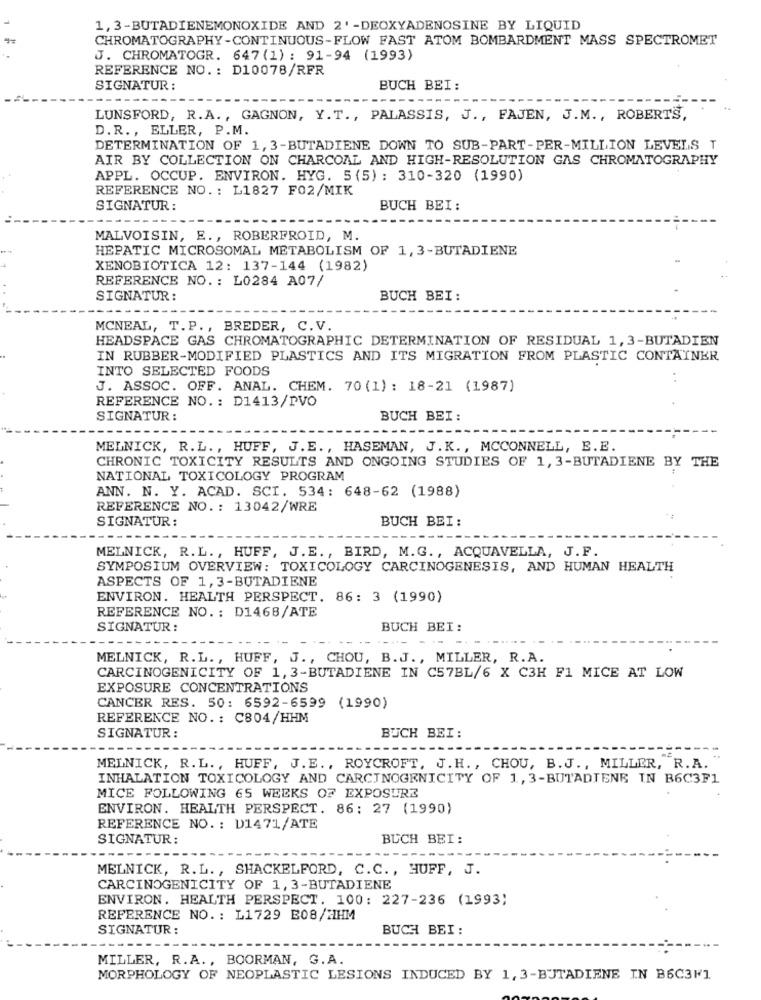
1, 3-BUTADIENEMONOXIDE AND 2'-DEOXYADENOSINE BY LIQUID
CHROMATOGRAPHY-CONTINUOUS-FLOW FAST ATOM BOMBARDMENT MASS SPECTROMET
J. CHROMATOGR. 647 (1) : 91-94 (1993)
REFERENCE NO .: D10078/RFR
SIGNATUR :
BUCH BEI:
LUNSFORD, R.A ., GAGNON, Y.T ., PALASSIS, J ., FAJEN, J.M ., ROBERTS,
D.R ., ELLER, P.M.
DETERMINATION OF 1, 3-BUTADIENE DOWN TO SUB-PART-PER-MILLION LEVELS T
AIR BY COLLECTION ON CHARCOAL AND HIGH-RESOLUTION GAS CHROMATOGRAPHY
APPL. OCCUP. ENVIRON. HYG. 5 (5) : 310-320 (1990)
REFERENCE NO .: L1827 F02/MIK
SIGNATUR:
BUCH BEI :
MALVOISIN, E ., ROBERFROID, M.
HEPATIC MICROSOMAL METABOLISM OF 1, 3-BUTADIENE
XENOBIOTICA 12: 137-144 (1982)
REFERENCE NO. : L0284 A07/
SIGNATUR:
BUCH BEI:
MCNEAL, T.P ., BREDER, C. V.
HEADSPACE GAS CHROMATOGRAPHIC DETERMINATION OF RESIDUAL 1,3-BUTADIEN
IN RUBBER-MODIFIED PLASTICS AND ITS MIGRATION FROM PLASTIC CONTAINER
INTO SELECTED FOODS
J. ASSOC. OFF. ANAL. CHEM. 70 (1) : 18-21 (1987)
REFERENCE NO .: D1413/DVO
SIGNATUR :
BUCH BEI :
MELNICK, R.L ., HUFF, J. E. , HASEMAN, J. K. , MCCONNELL, E. E.
CHRONIC TOXICITY RESULTS AND ONGOING STUDIES OF 1, 3-BUTADIENE BY THE
NATIONAL TOXICOLOGY PROGRAM
ANN. N. Y. ACAD. SCI. 534: 648-62 (1988)
REFERENCE NO .: 13042/WRE
SIGNATUR :
BUCH BEI :
MELNICK, R.L ., HUFF, J.E ., BIRD, M.G ., ACQUAVELLA, J.F.
SYMPOSIUM OVERVIEW: TOXICOLOGY CARCINOGENESIS, AND HUMAN HEALTH
ASPECTS OF 1,3-BUTADIENE
ENVIRON. HEALTH PERSPECT. 86: 3 (1990)
REFERENCE NO .: D1468/ATE
SIGNATUR :
BUCH BEI:
MELNICK, R.L ., HUFF, J ., CHOU, B. J ., MILLER, R.A.
CARCINOGENICITY OF 1, 3-BUTADIENE IN C57BL/6 X C3H F1 MICE AT LOW
EXPOSURE CONCENTRATIONS
CANCER RES. 50: 6592-6599 (1990)
REFERENCE NO .: C804/HHM
SIGNATUR :
BUCH BEI :
MELNICK, R.L ., HUFF, J. E ., ROYCROFT, J. H. , CHOU, B. J ., MILLER, R.A. "
INHALATION TOXICOLOGY AND CARCINOGENICITY OF 1, 3-BUTADIENE IN B6C3F1
MICE FOLLOWING 65 WEEKS OF EXPOSURE
ENVIRON. HEALTH PERSPECT. 86: 27 (1990)
REFERENCE NO. : D1471/ATE
SIGNATUR :
BUCH BEI:
MELNICK, R.L ., SHACKELFORD, C.C ., HUFF, J.
CARCINOGENICITY OF 1,3-BUTADIENE
ENVIRON. HEALTH PERSPECT. 100: 227-236 (1993;
REFERENCE NO. : L1729 B08/2IHM
SIGNATUR :
BUCH BEI :
MILLER, R.A. , BOORMAN, G. A.
MORPHOLOGY OF NEOPLASTIC LESIONS INDUCED BY 1, 3-BUTADIENE IN B6C3F1